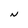
Character: N